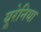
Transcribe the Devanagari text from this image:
यूरेनिया